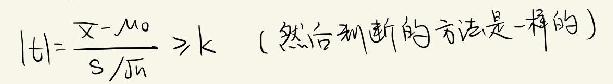
$|t|=\frac{\overline{x}-\mu_0}{S / \sqrt{n}}\geqslant k$ （然后判断的方法是一样的）